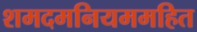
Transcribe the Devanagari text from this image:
शमदमनियममहित